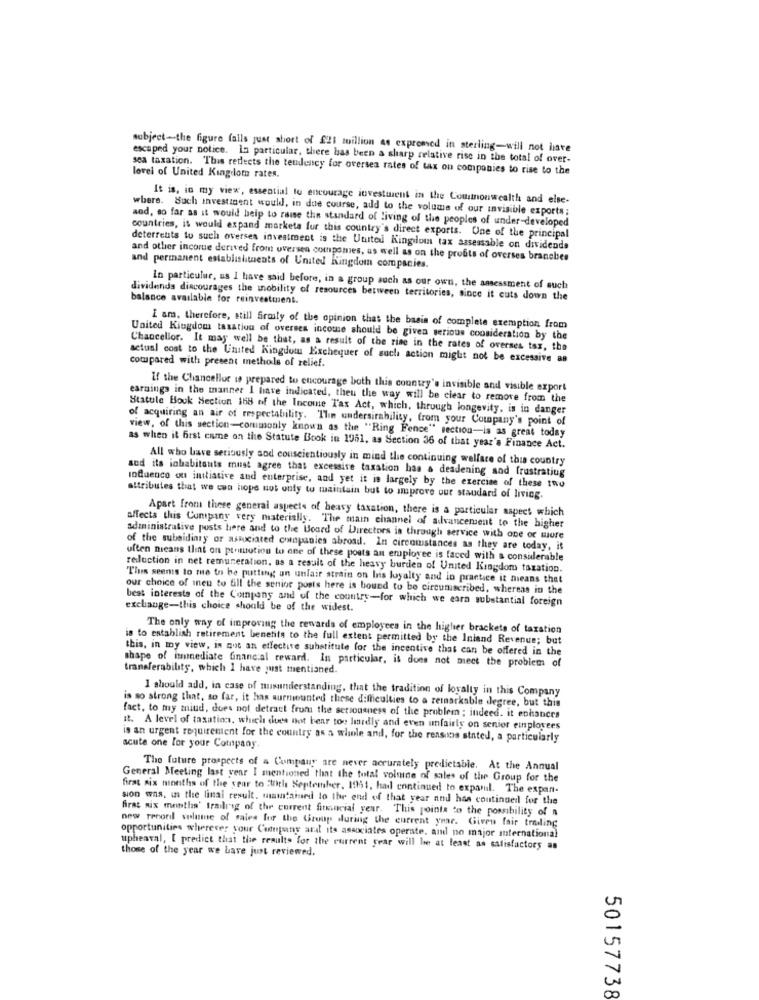
subject-the figure falls just short of £21 million as expromed in sterling-will not have
escaped your notice. La particular, there has been a sharp relative rise in the total of over-
sea taxation. This reflects the tendency for oversea rates of tax on companies to rise to the
lovel of United Kingdom rates.
It is, in my view, essential to encourage investment in the Commonwealth and else-
where. Such investiment would, in due course, add to the volume of our invisible exports;
and, so far as it would help to raise the standard of living of the peoples of under-developed
countries, it would expand markets fur this country's direct exports. One of the principal
deterrents to such overses investment is the United Kingdom tax assessable on dividends
and other incorue derived from oversen compsmes, as well as on the profits of overses branches
and permanent establishments of United Kingdom companies.
In particular, us I have said before, in a group auch as our own, the assessment of such
balance available for reinvestment.
dividends discourages the mobility of resources between territories, since it cuts down the
I am, therefore, still firmly of the opinion that the basis of complete exemption from
United Kingdom tasation of overses income should be given serious consideration by the
Chancellor. It may well be that, as a result of the rise in the rates of overses tax, the
actual cost to the United Kingdom Exchequer of such action might not be excessive as
compared with present methods of relief.
If the Chancellor w prepared to encourage both this country's invisible and visible export
earnings in the manner I have indicated, theu the way will be clear to remove from the
Statule Book Section 168 of the Income Tax Act, which, through longevity, is in danger
of acquiring an air of respectability. The undersirability, from your Company's point of
view, of this section-commonly known as the "Ring Fence" section-is as great today
as when it first came on the Statute Book in 1951, as Section 36 of that year's Finance Act.
All who have seriously sod couscientiously in mind the continuing welfare of this country
sed its inhabitants must agree that excessive taxation has a deadening and frustratiug
influence on initiative and enterprise, and yet it is largely by the exercise of these two
attributes that we can hope not only to maintain but to improve our standard of living.
Apart from there general aspects of heavy taxation, there is a particular aspect which
affects this Company very materially. The main channel of advancement to the higher
adaministrative posts here and to the Board of Directors is through service with one or more
of the subsidiary or associated companies abroad. In circumstances as they are today, it
uften means that on perintution to one of these posts an employee is faced with a considerable
reduction in net remuneration. as a result of the heavy burden of United Kingdom taxation.
"This seems to me to be putting an unfair strain on bis loyalty and in practice it means that
our choice of inen to till the senior posts here is bound to be circumscribed, whereas in the
best interests of the Company and of the country-for which we earn substantial foreign
exchange-this choice should be of the widest.
The only way of improving the rewards of employees in the higher brackets of taxation
is to establish retirement benefits to the full extent permitted by the Inland Revenue; but
this, in my view, is not an effectite substitute for the incentive that can be offered in the
shape of immediate financial reward. In particular, it does not meet the problem of
transferability, which I have just mentioned.
I should add, in case of misunderstanding, that the tradition of loyalty in this Company
is so strong that, so far, it has surmounted these difficulties to a remarkable degree, but this
fact, to my miud, does not detract from the seriousness of the problem ; indeed. it enhances
it. A level of taxation, which dues not bear too lidly and even unfairly on senior employees
is an urgent requirement for the country as a whole and, for the reasons stated, a particularly
acute one for your Company.
The future prospects of a Company are never accurately predictable. At the Annual
General Meeting last year I mentioned that the total volmine of sales of the Group for the
first six months of the year to :0th September, 1951, had continued to expandl. The expan-
sion was, in the linal result. maintained to the end of that year and has continued for the
firat nix months' trailrsg of the current fitincial year. This points to the possibility of a
new record volume of sales for the Group during the current year. Given fair trading
opportunities wherever your Company aral its asaxiates operate, ail no major international
upheaval, [ predict that the results for the current year will be at least an satisfactory an
those of the year we have just reviewed.
50157738